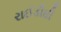
રાઈડીઘી